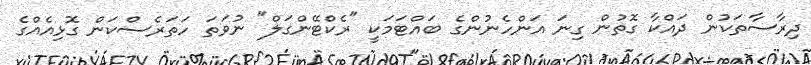
ދިރާސާތަކުން ދައްކާ ގޮތުން ގިނަ އަންހެނުންގެ ބައްޓަމަކީ "ރެކްޓޭންގަލް" ނުވަތަ ހަތަރެސްކަން ގޮޅިއެއްގެ